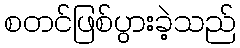
စတင်ဖြစ်ပွားခဲ့သည်